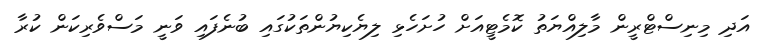
އަދި މިނިސްޓްރީން މާލިއްޔަތު ކޮމެޓީއަށް ހުށަހެޅި ލިޔެކިޔުންތަކުގައި ބުނެފައި ވަނީ މަސްވެރިކަން ކުރާ